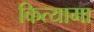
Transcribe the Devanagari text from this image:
कित्यामा